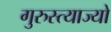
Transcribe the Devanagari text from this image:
गुरुस्त्याज्यो